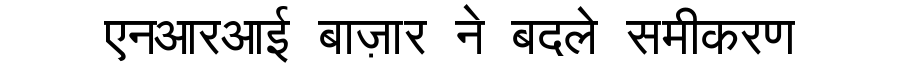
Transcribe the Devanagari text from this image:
एनआरआई बाज़ार ने बदले समीकरण